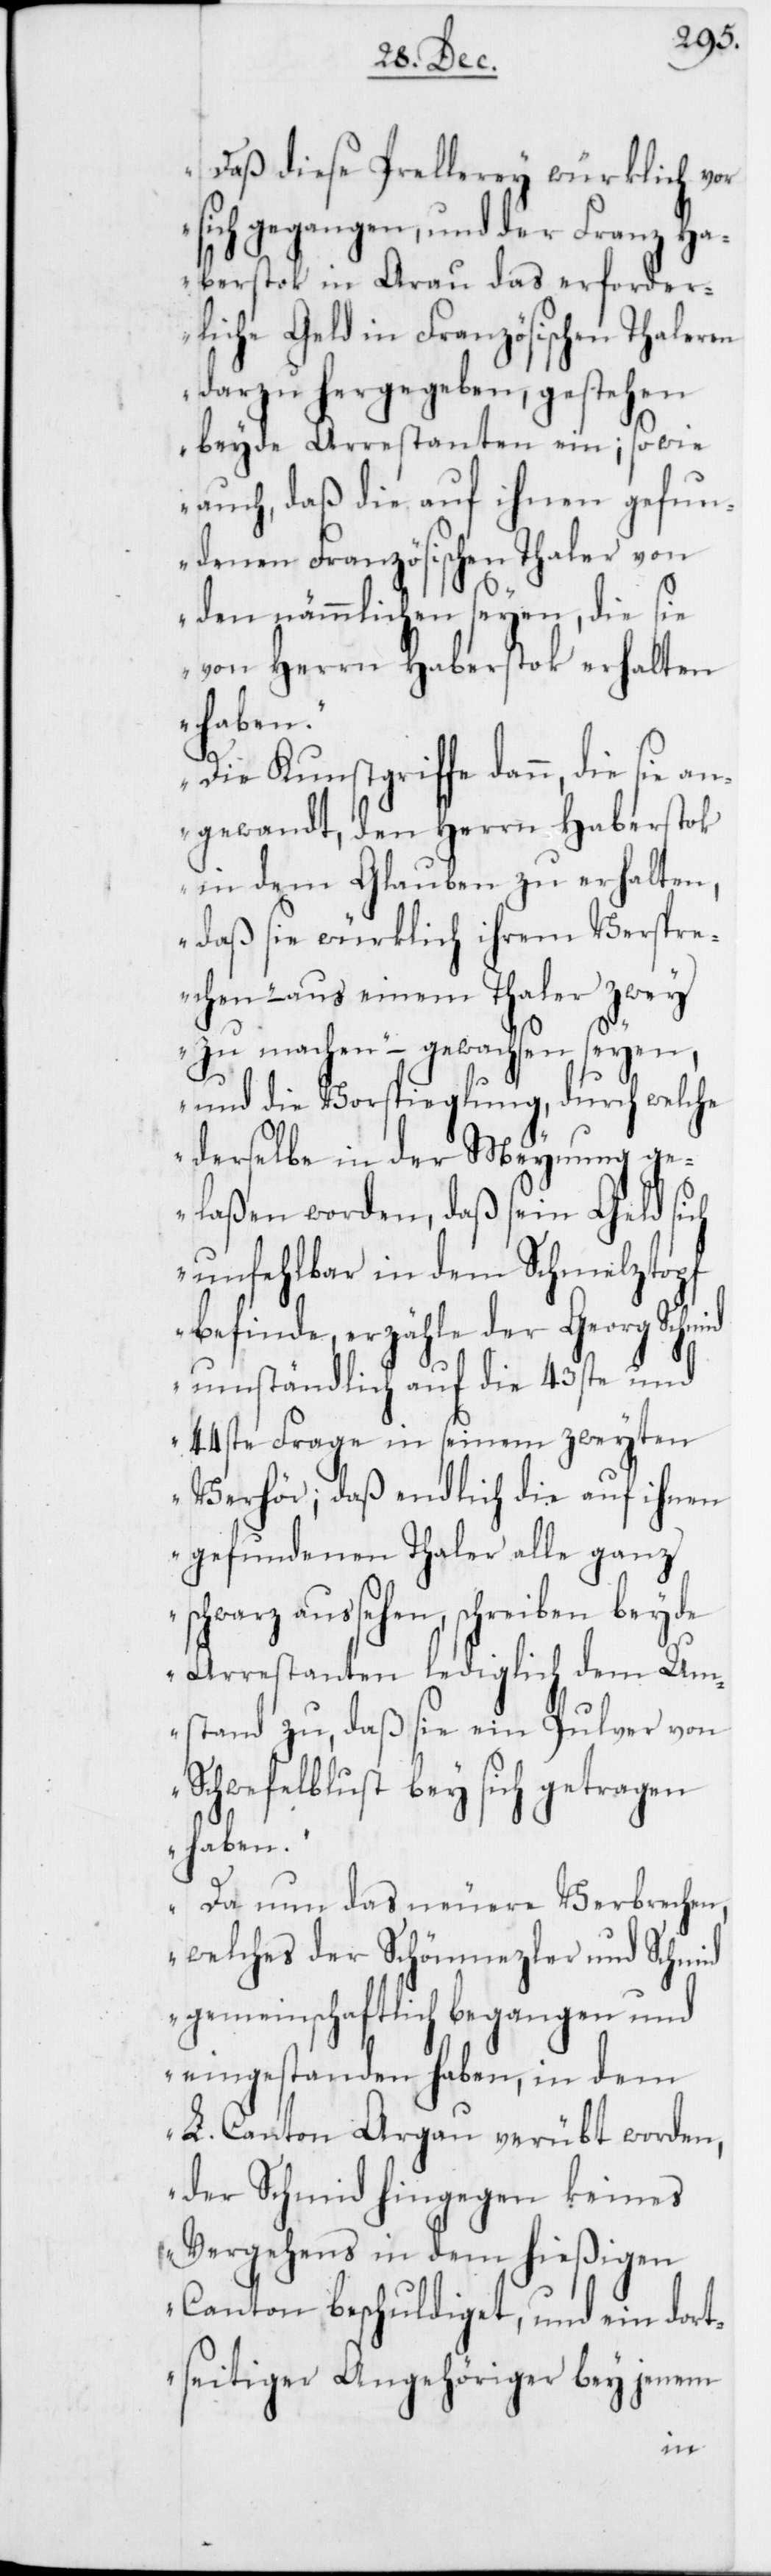
Daß diese Prellerey würklich vor
sich gegangen, und der Franz Ha¬
berstok in Arau das erforder¬
liche Geld in Französischen Thaleren
darzu hergegeben, gestehen
beyde Arrestanten ein; so wie
auch, daß die auf ihnen gefun¬
denen Französischen Thaler von
den nämmlichen seyen, die sie
von Herrn Haberstok erhalten
Die Kunstgriffe dann, die sie an¬
gewandt, den Herrn Haberstok
in dem Glauben zu erhalten,
daß sie würklich ihrem Verspr¬
echen – aus einem Thaler zwey
zu machen – gewachsen seyen,
und die Vorspieglung, durch welche
derselbe in der Meynung ge¬
laßen worden, daß sein Geld sich
unfehlbar in dem Schmelztopf
befinde, erzähle der Georg Schm¬
umständlich auf die 43ste und
44ste Frage in seinem zweyten
Verhör, daß endlich die auf ihnen
gefundenen Thaler alle ganz
schwarz aussehen, schreiben beyde
Arrestanten lediglich dem Um¬
stand zu, daß sie ein Pulver von
Schwefelblust bey sich getragen
haben.
Da nun das neuere Verbrechen,
welches der Schönmezler und Schmid
gemeinschaftlich begangen und
eingestanden haben, in dem
L. Canton Argau verübt worden,
der Schmid hingegen keines
Vergehens in dem hießigen
Canton beschuldiget, und ein dort¬
seitiger Angehöriger bey jenem
id